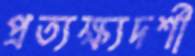
প্রত্যক্ষ্যদর্শী